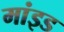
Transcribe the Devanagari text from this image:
मांइड